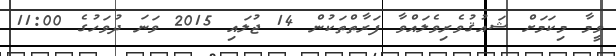
ވީމާ މިކަމަށް ޝައުޤުވެރިވެލައްވާ ފަރާތްތަކުން 14 ޖުލައި 2015 ވަނަ ދުވަހުގެ 11:00